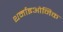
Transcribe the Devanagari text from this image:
थर्माइओनिक